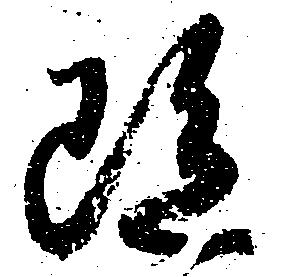
雖